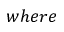
w h e r e